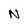
Character: N